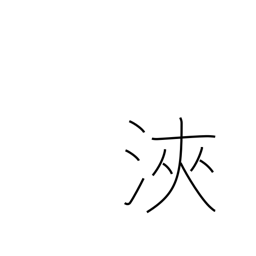
Meaning: cycle